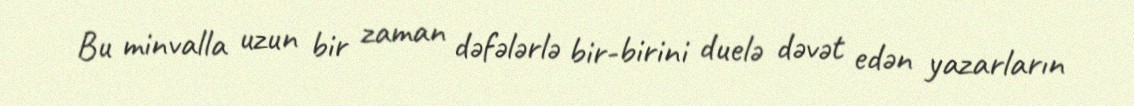
Bu minvalla uzun bir zaman dəfələrlə bir-birini duelə dəvət edən yazarların